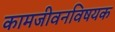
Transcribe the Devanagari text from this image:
कामजीवनविषयक